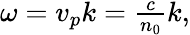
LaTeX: \begin{array}{r}{\omega=v_{p}k=\frac{c}{n_{0}}k,}\end{array}